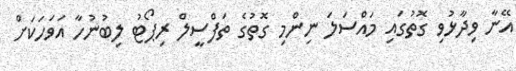
އޭނާ ވިދާޅުވި ގޮތުގައި މައްސަލަ ނިންމި ގޮތުގެ ތަފްސީލް ރިޕޯޓު ލިބުނުހާ އަވަހަކަށް